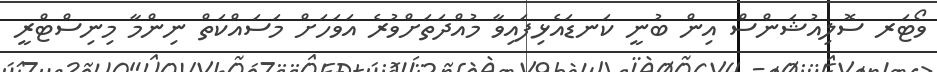
ވޯޓަރ ސޮލިއުޝަންސް އިން ބުނީ ކަނޑައެޅިފައިވާ މުއްދަތަށްވުރެ އަވަހަށް މަސައްކަތް ނިންމާ މިނިސްޓްރީ